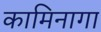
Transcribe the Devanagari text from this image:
कामिनागा